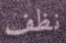
نظف